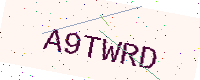
Text: A9TWRD